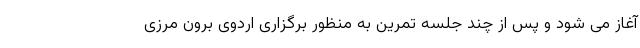
آغاز می شود و پس از چند جلسه تمرین به منظور برگزاری اردوی برون مرزی